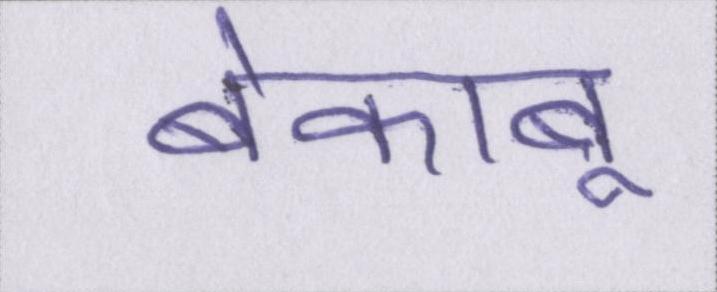
बेकाबू